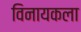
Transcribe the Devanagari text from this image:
विनायकला